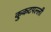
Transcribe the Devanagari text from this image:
कुकटपल्ली